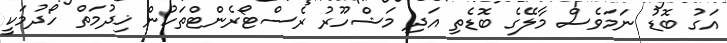
އަގު ބޮޑު ނަމަވެސް މާލޭގެ ބޮޑެތި އަދި މަޝްހޫރު ރެސްޓޯރެންޓްތަކުން ޚިދުމަތް ހޯދުމަކީ